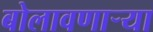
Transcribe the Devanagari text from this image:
बोलावणार्‍या